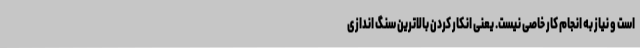
است و نیاز به انجام کار خاصی نیست. یعنی انکار کردن بالاترین سنگ اندازی